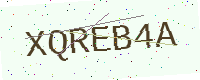
Text: XQREB4A